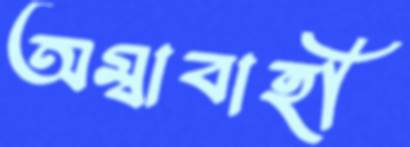
অম্বাবাহী